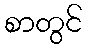
စာတွင်